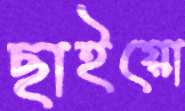
ছাইয়ো